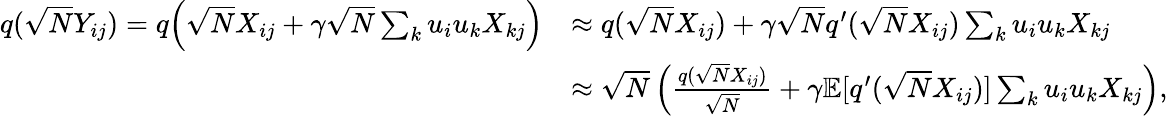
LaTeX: \begin{array}{rl}{q(\sqrt{N}Y_{ij})=q\Big(\sqrt{N}X_{ij}+\gamma\sqrt{N}\sum_{k}u_{i}u_{k}X_{kj}\Big)}&{\approx q(\sqrt{N}X_{ij})+\gamma\sqrt{N}q^{\prime}(\sqrt{N}X_{ij})\sum_{k}u_{i}u_{k}X_{kj}}\\ &{\approx\sqrt{N}\left(\frac{q(\sqrt{N}X_{ij})}{\sqrt{N}}+\gamma\mathbb{E}[q^{\prime}(\sqrt{N}X_{ij})]\sum_{k}u_{i}u_{k}X_{kj}\right),}\end{array}